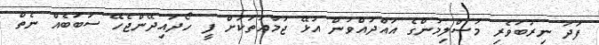
ފަދަ ނިރުބަވެރި މުސްލިމުންގެ އައްދުއްވުން އުޅޭ ޖަމާޢަތަކަށް ފީ ހޯދައިދޭންޖެހޭ ސަބަބެއް ނެތް